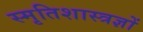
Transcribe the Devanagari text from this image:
स्मृतिशास्त्रज्ञों